Scottish Leaving Certificate Examination, 1957
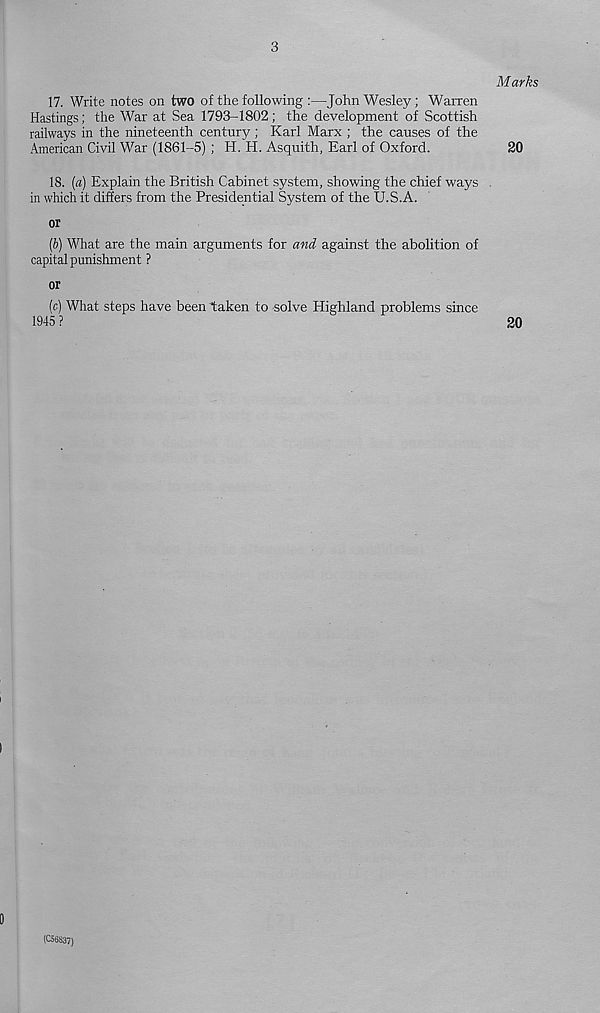
3
17. Write notes on two of the following :—John Wesley; Warren
Hastings; the War at Sea 1793-1802; the development of Scottish
railways in the nineteenth century; Karl Marx ; the causes of the
American Civil War (1861-5) ; H. H. Asquith, Earl of Oxford.
18. (a) Explain the British Cabinet system, showing the chief ways
in which it differs from the Presidential System of the U.S.A.
or
{b) What are the main arguments for and against the abolition of
capital punishment ?
or
(c) What steps have been taken to solve Highland problems since
1945 ?
Marks
20
20